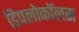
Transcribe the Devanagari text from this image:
डिपलोकॉलस